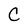
Character: C